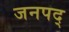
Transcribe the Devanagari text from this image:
जनपद्